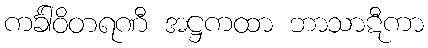
ကင်္ခါဝိတရဏီ အဋ္ဌကထာ ဘာသာဋီကာ